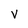
Character: V